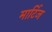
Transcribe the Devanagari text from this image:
मार्टिज